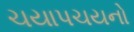
ચયાપચયનો